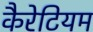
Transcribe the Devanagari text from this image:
कैरेटियम